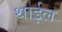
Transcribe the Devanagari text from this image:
थाईल